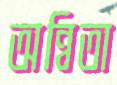
অন্বিতা